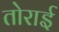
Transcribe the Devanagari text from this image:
तोराई